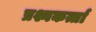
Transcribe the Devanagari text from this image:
प्रश्नकर्त्ता